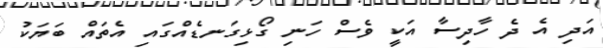
އަދި އެ ދެ ހާދިސާ އަކީ ވެސް ހަނި ގޯޅިގަނޑެއްގައި އެތައް ބަޔަކު